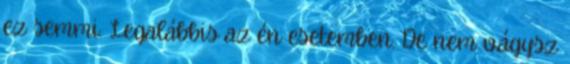
ez semmi. Legalábbis az én esetemben. De nem vágysz